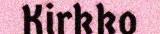
Kirkko